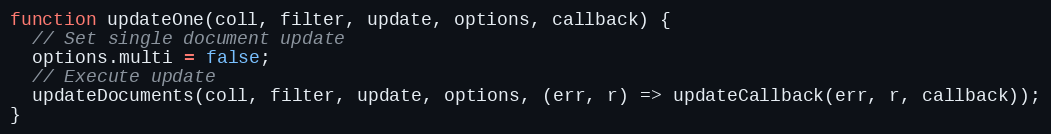
Language: JavaScript
function updateOne(coll, filter, update, options, callback) {
  // Set single document update
  options.multi = false;
  // Execute update
  updateDocuments(coll, filter, update, options, (err, r) => updateCallback(err, r, callback));
}